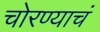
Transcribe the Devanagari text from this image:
चोरण्याचं